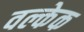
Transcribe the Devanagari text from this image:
वल्केक